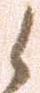
候